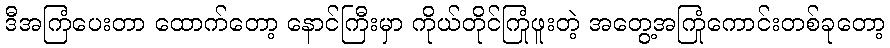
ဒီအကြံပေးတာ ထောက်တော့ နောင်ကြီးမှာ ကိုယ်တိုင်ကြုံဖူးတဲ့ အတွေ့အကြုံကောင်းတစ်ခုတော့